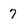
Character: 7